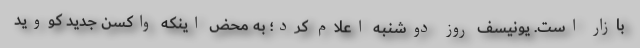
بازار است. یونیسف روز دوشنبه اعلام کرد؛ به محض اینکه واکسن جدید کووید